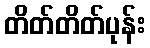
တိတ်တိတ်ပုန်း